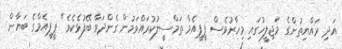
އަދި ރައްޔިތުންގެ މަޖިލީހުގައި މިހާރުވެސް ޕީޕީއެމް ތަމްސީލުކުރައްވަމުން ގެންދަވާ ބޭފުޅެކެވެ" ޕީޕީއެމްގެ ބަޔާން